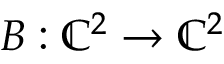
B : \mathbb { C } ^ { 2 } \to \mathbb { C } ^ { 2 }